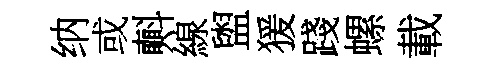
纳或㪺線盥猨踐螺載